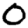
Digit: 0